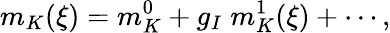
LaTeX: m_{K}(\xi)=m_{K}^{0}+g_{I}\; m_{K}^{1}(\xi)+\cdots,